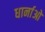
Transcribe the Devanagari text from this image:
धार्नाओ